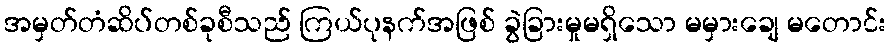
အမှတ်တံဆိပ်တစ်ခုစီသည် ကြယ်ပုနက်အဖြစ် ခွဲခြားမှုမရှိသော မမှားချေ မတောင်း